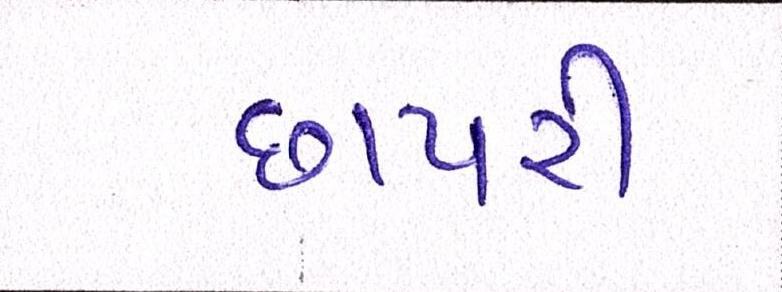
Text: છાપરી